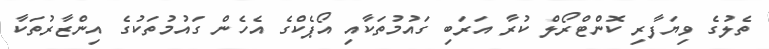
ތެލުގެ ވިޔަފާރި ކޮންޓްރޯލް ކުރާ އަރަބި ގައުމުތަކާއި އޯޕެކްގެ އެހެން ގައުމުތަކުގެ އިންޒާރުތަކާ